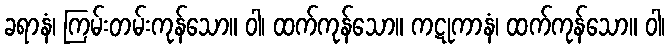
ခရာနံ၊ ကြမ်းတမ်းကုန်သော။ ဝါ၊ ထက်ကုန်သော။ ကဋုကာနံ၊ ထက်ကုန်သော။ ဝါ၊